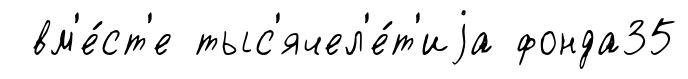
вм'е́ст'е тыс'ячел'е́т'иjа фонда35